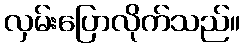
လှမ်းပြောလိုက်သည်။